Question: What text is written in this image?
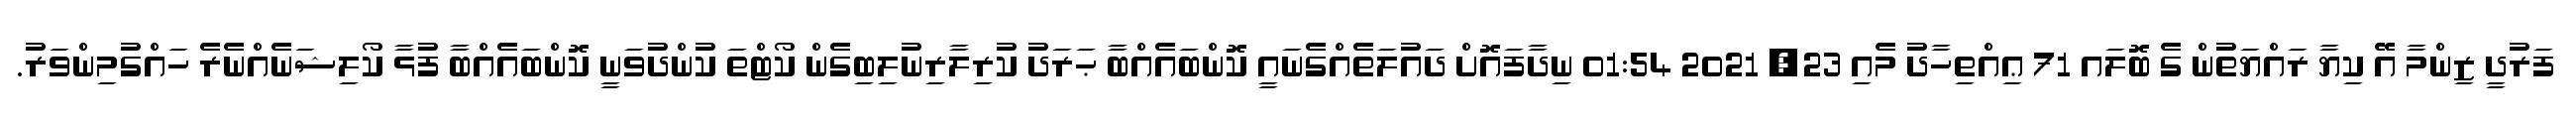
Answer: ފަރުދީ ޒިންމާ އޭ ކިޔާ ރައްޔަތުން ގެ ބޮލައ 71 ޢިއްތިހާދު މެއި 23, 2021 01:54 ނިދާފައޮށް ދައުލަތެއްގެނައީ ކޮންބައެއްބާ ޙަރަދު ކުރިލާރިނުލިބިގެން ކޯޓްތަ ކުންދުވަނީ ކޮންބައެއްބާ ފުޅާ ކޯލިޝަނެއްނެރެ ހައްގުމިންވަރު.